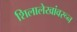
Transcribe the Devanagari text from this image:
शिलालेखांवरून